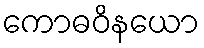
ကောဓဝိနယော